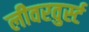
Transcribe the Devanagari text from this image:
लीवरवुर्स्ट